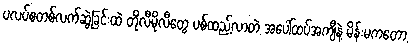
ပလပ်စတစ်လက်ဆွဲခြင်းထဲ တိုလီမိုလီတွေ ပစ်ထည့်လာတဲ့ အပေါ်ထပ်အကျီနဲ့ မိန်းမကတော့